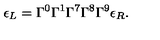
\epsilon _ { L } = \Gamma ^ { 0 } \Gamma ^ { 1 } \Gamma ^ { 7 } \Gamma ^ { 8 } \Gamma ^ { 9 } \epsilon _ { R } .